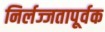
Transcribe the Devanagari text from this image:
निर्लज्जतापूर्वक